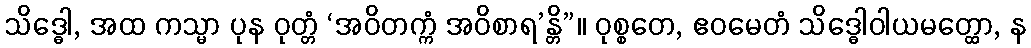
သိဒ္ဓေါ, အထ ကသ္မာ ပုန ဝုတ္တံ ‘အဝိတက္ကံ အဝိစာရ’န္တိ”။ ဝုစ္စတေ, ဧဝမေတံ သိဒ္ဓေါဝါယမတ္ထော, န